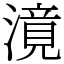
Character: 𣽾